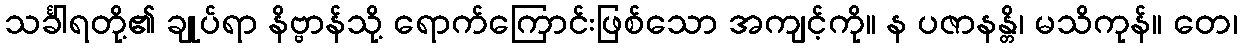
သင်္ခါရတို့၏ ချုပ်ရာ နိဗ္ဗာန်သို့ ရောက်ကြောင်းဖြစ်သော အကျင့်ကို။ န ပဇာနန္တိ၊ မသိကုန်။ တေ၊